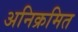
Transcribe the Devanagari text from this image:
अनिक्रमित